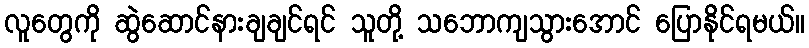
လူတွေကို ဆွဲဆောင်နားချချင်ရင် သူတို့ သဘောကျသွားအောင် ပြောနိုင်ရမယ်။